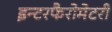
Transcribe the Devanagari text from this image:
इन्टरफैरोमेटरी